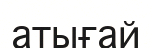
атығай